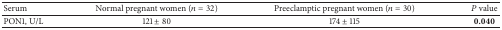
| Serum | Normal pregnant women (n = 32) | Preeclamptic pregnant women (n = 30) | P value |
 | --- | --- | --- | --- |
 | PON1, U/L | 121 ± 80 | 174 ± 115 | 0.040 |